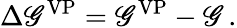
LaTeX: \Delta{\mathscr{G}}^{\mathrm{{VP}}}=\mathscr{G}^{\mathrm{{VP}}}-\mathscr{G}\, .